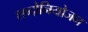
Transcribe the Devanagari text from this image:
शब्दोनियोजन